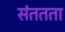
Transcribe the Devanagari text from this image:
संततता